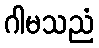
ဂါမသညံ